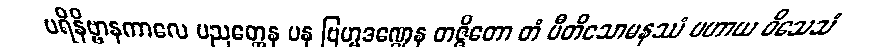
ပရိနိဗ္ဗာနကာလေ ပညတ္တေန ပန ဗြဟ္မဒဏ္ဍေန တဇ္ဇိတော တံ ပီတိသောမနဿံ ပဟာယ ဝိသေသံ